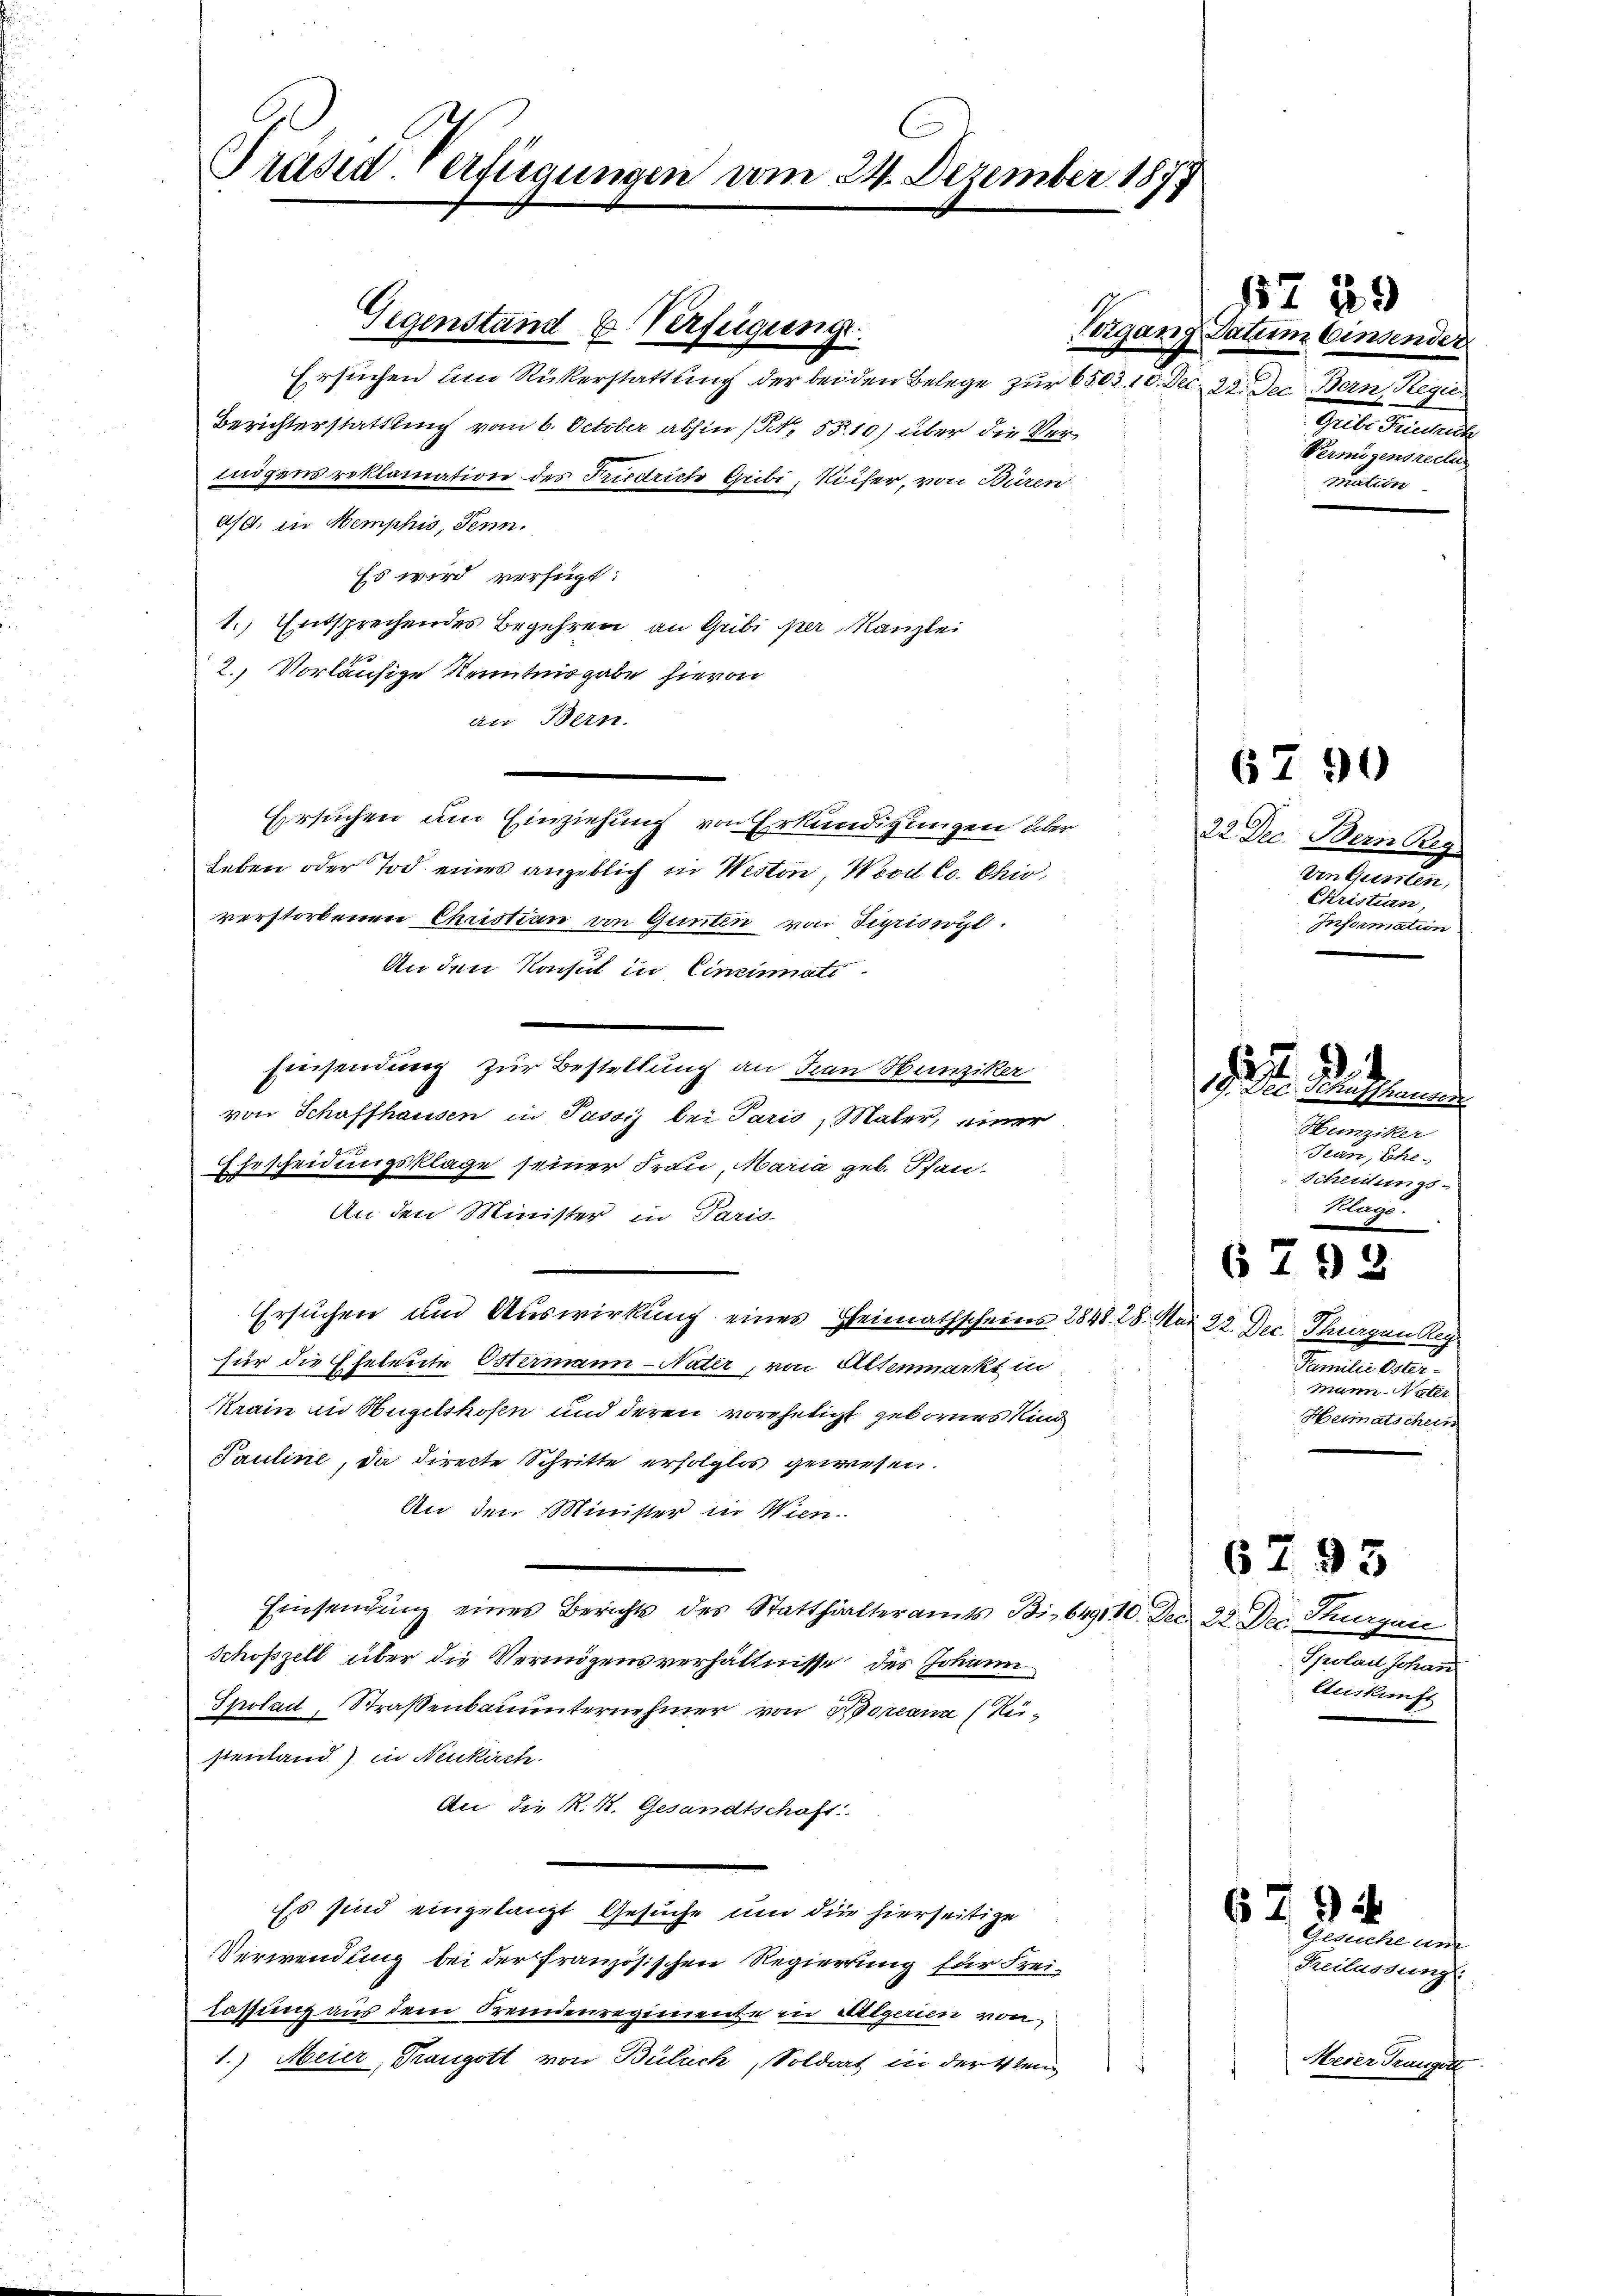
Präsid. Verfügungen vom 24. Dezember 1877.

Gegenstand u. Verfügung.
Ersuchen um Rükerstattung der bei den Belege zur 6503. 10.
Berichterstattung vom 6. October abhin (Art. 55. 10) über die Verinigens reklamation des Fridriche Gribi, Keiser, von Büren
470. in Nemphis, Senn.
Es wird verfügt:
1.) Entsprechendes Begehren an Gribi per Kanzlei
2., Vorläufige Kenntnisgabe hievon
an Bern.
Ersuchen um Einziehung von Erkundigungen über
Leben oder Tod eines angeblich in Weiten, Wood C. Chio,
verstorbenen Christian von Gunten von Sigriswyl.
An den Konsul in Eineinati
Einsendung zur Bestellung an Frau Bunziker
von Schaffhausen in Passis bei Paris, Maler, einer
Ehescheidungsklage seiner Frau, Maria geb. Pfan
An den Minister in Paris
Ersuchen und Auswirkung eines Heimathscheins 1848. 28. Mai 22. Dec. Thurgen Reg
für die Eheleute Ostermann - Nater, von Altenmarkt in
Krain an Hügelshofen und deren vorehelict geborens Kind
Pauline, da directe Schritte erfolglos gewesen.
An den Minister in Wien.
Einsendung eines Berichts des Statthalteramts Bis 649110. Dec. 22. Dec. Purgau
Schofzell über die Vermögensverhältnisse des Johann
Spolad, Straßenbauunternehmer von Borcana (Rüsientand) in Neukirch
An die K. K. Gesandtschaft
Es sind eingelangt Gesuche und der hierseitige
Verwendung bei der französischen Regierung für Freilassung aus dem Fremdenregimente in Liegerien von
1.) Meier, Prangott von Bülach, Soldart in der 4ten

2

675

1572
Vergang Datum einsender
22. Dec. Bern, Regie
Gelte Griechen
Permigensrechen
Mattin

6790

C
22. Dec. Bern Ber
den Gunten,
Ehristian
Information

4
19. Dec. Schaffhausen
Hunziker
Jean, Ehe
Scheidungs-
Klage.

Familie dote
Maienter
Heimatschein

6792

6793
Spolau Johan
Auskunft

2

Gesuche um

Reilassungs

trier drung